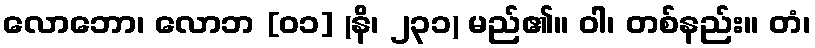
လောဘော၊ လောဘ [၀၁] (နိ၊ ၂၃၁) မည်၏။ ဝါ၊ တစ်နည်း။ တံ၊